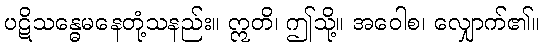
ပဋိသန္ဓေမနေတုံ့သနည်း။ ဣတိ၊ ဤသို့။ အဝေါစ၊ လျှောက်၏။